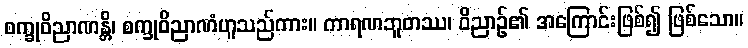
စက္ခုဝိညာဏန္တိ၊ စက္ခုဝိညာဏံဟူသည်ကား။ ကာရဏဘူတဿ၊ ဝိညာဉ်၏ အကြောင်းဖြစ်၍ ဖြစ်သော။